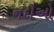
નદીઓ